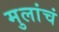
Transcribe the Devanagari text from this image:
मुलांचं